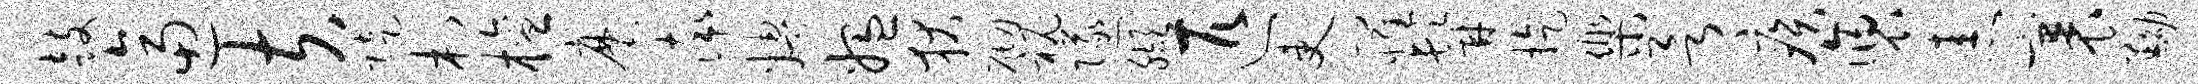
鼓逼夫陡村檀麾率娉媪狄砌秘隧缬匹吏罹髯旋乐欲疾褒恚裹黝